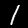
Label: 1